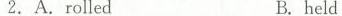
2. A.rolledB.held